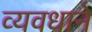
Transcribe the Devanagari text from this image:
व्यवधाने